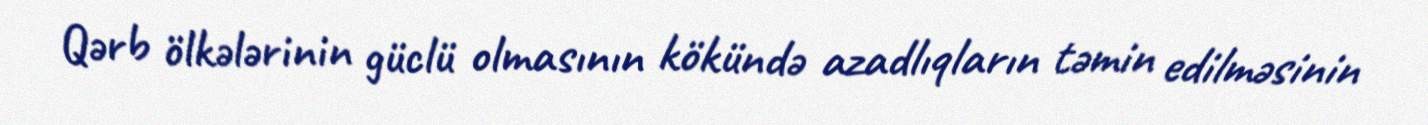
Qərb ölkələrinin güclü olmasının kökündə azadlıqların təmin edilməsinin